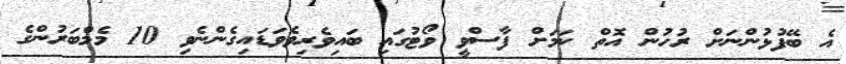
އެ ބޭފުޅުންނަށް ރުހުން އޮތް ކަމަށް ފާސްވީ ވޯޓުގައި ބައިވެރިވެވަޑައިގެންނެވި 10 މެމްބަރުންގެ